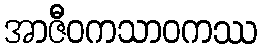
အာဇီဝကသာဝကဿ